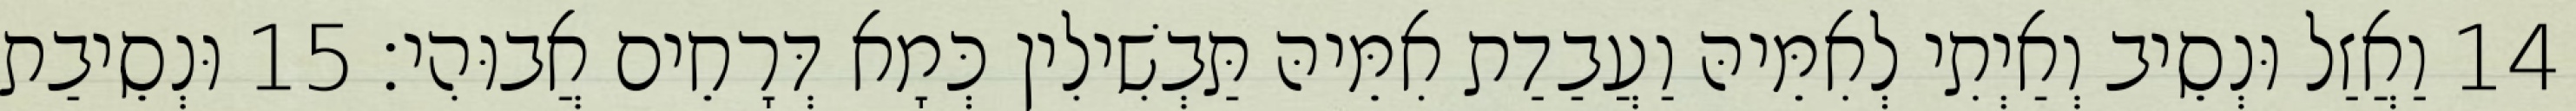
14 וַאֲזַל וּנְסֵיב וְאַיְתִי לְאִמֵּיהּ וַעֲבַדַת אִמֵּיהּ תַּבְשִׁילִין כְּמָא דְּרָחֵים אֲבוּהִי׃ 15 וּנְסֵיבַת